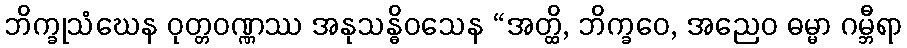
ဘိက္ခုသံဃေန ဝုတ္တဝဏ္ဏဿ အနုသန္ဓိဝသေန “အတ္ထိ, ဘိက္ခဝေ, အညေဝ ဓမ္မာ ဂမ္ဘီရာ